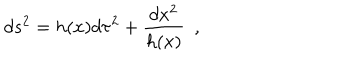
LaTeX: d s ^ { 2 } = h ( x ) d \tau ^ { 2 } + { \frac { d x ^ { 2 } } { h ( x ) } } ~ ~ ,